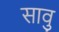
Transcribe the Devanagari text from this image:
सावु